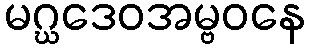
မဂ္ဃဒေဝအမ္ဗဝနေ